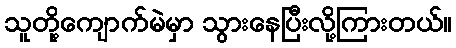
သူတို့ကျောက်မဲမှာ သွားနေပြီးလို့ကြားတယ်။